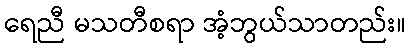
ရေညီ မသတီစရာ အံ့ဘွယ်သာတည်း။